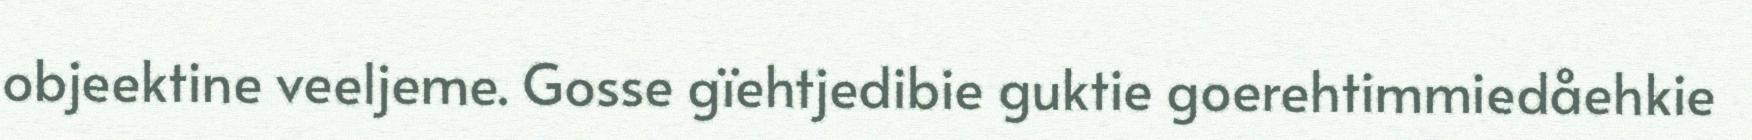
objeektine veeljeme. Gosse gïehtjedibie guktie goerehtimmiedåehkie